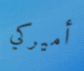
أميركي